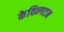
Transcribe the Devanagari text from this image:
केविन्गटन